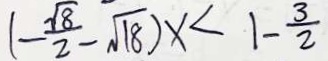
( - \frac { \sqrt { 8 } } { 2 } - \sqrt { 1 8 } ) x < 1 - \frac { 3 } { 2 }